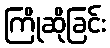
ကြိုဆိုခြင်း